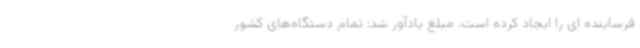
فرساینده ای را ایجاد کرده است. مبلغ یادآور شد: تمام دستگاه‌های کشور